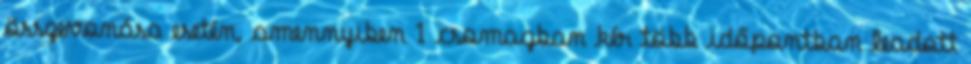
összevonása esetén, amennyiben 1 csomagban kér több időpontban leadott